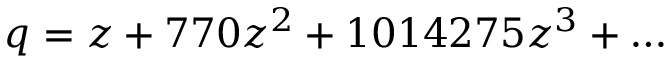
q = z + 7 7 0 z ^ { 2 } + 1 0 1 4 2 7 5 z ^ { 3 } + \ldots